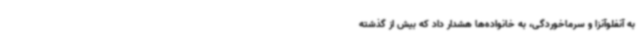
به آنفلوآنزا و سرماخوردگی، به خانواده‌ها هشدار داد که بیش از گذشته